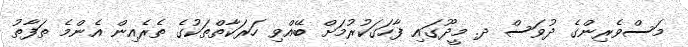
މަސްވެރިންގެ ދުވަސް ދ. މީދޫގައި ފާހަގަކުރުމަށް ބޭއްވި ހަރަކާތްތަކުގެ ތެރެއިން އެންމެ ތަފާތު